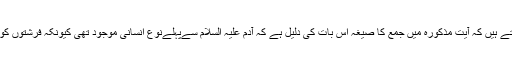
اس سے آپ یہ ثابت کرنا چاہتے ہیں کہ آیت مذکورہ میں جمع کا صیغہ اس بات کی دلیل ہے کہ آدم علیہ السلام سےپہلےنوع انسانی موجود تھی کیونکہ فرشتوں کو سجدہ کاحکم بعد میں ہوا ہے۔